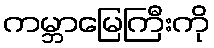
ကမ္ဘာမြေကြီးကို